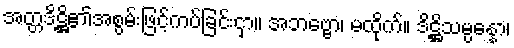
အတ္တဒိဋ္ဌိ၏အစွမ်းဖြင့်ကပ်ခြင်းငှာ။ အဘဗ္ဗော၊ မထိုက်။ ဒိဋ္ဌိသမ္ပန္နော၊